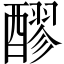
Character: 醪